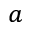
^ { a }